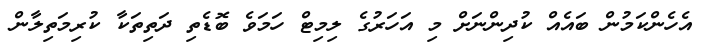
އެހެންކަމުން ބައެއް ކުދިންނަށް މި އަހަރުގެ ލިމިޓް ހަމަވެ ބޮޑެތި ދަތިތަކާ ކުރިމަތިލާން